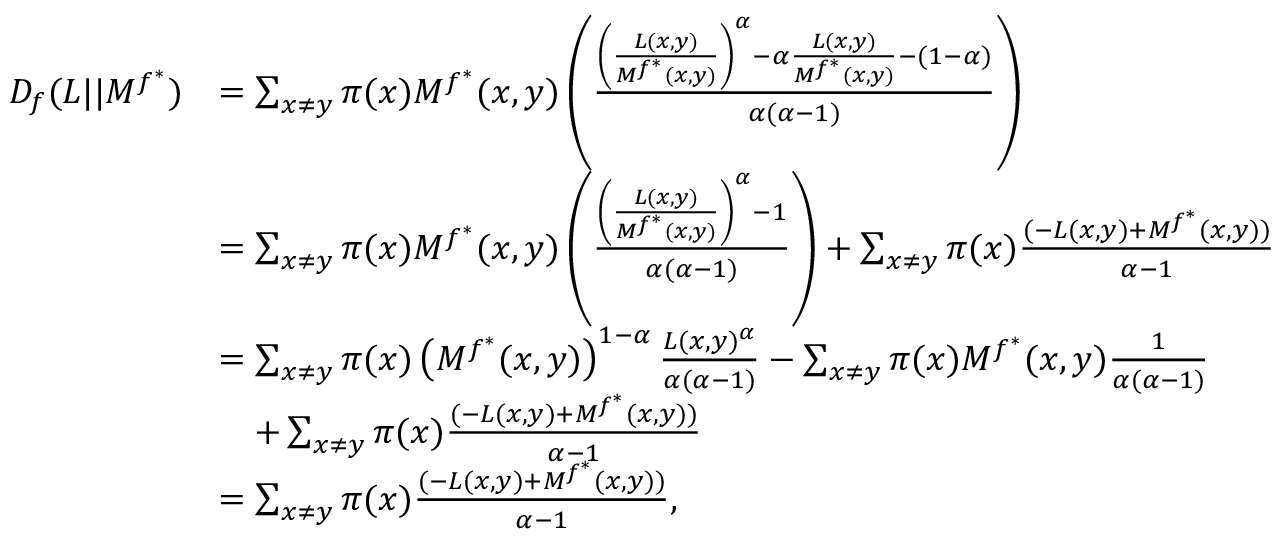
\begin{array} { r l } { D _ { f } ( L | | M ^ { f ^ { * } } ) } & { = \sum _ { x \neq y } \pi ( x ) M ^ { f ^ { * } } ( x , y ) \left( \frac { \left( \frac { L ( x , y ) } { M ^ { f ^ { * } } ( x , y ) } \right) ^ { \alpha } - \alpha \frac { L ( x , y ) } { M ^ { f ^ { * } } ( x , y ) } - ( 1 - \alpha ) } { \alpha ( \alpha - 1 ) } \right) } \\ & { = \sum _ { x \neq y } \pi ( x ) M ^ { f ^ { * } } ( x , y ) \left( \frac { \left( \frac { L ( x , y ) } { M ^ { f ^ { * } } ( x , y ) } \right) ^ { \alpha } - 1 } { \alpha ( \alpha - 1 ) } \right) + \sum _ { x \neq y } \pi ( x ) \frac { ( - L ( x , y ) + M ^ { f ^ { * } } ( x , y ) ) } { \alpha - 1 } } \\ & { = \sum _ { x \neq y } \pi ( x ) \left( M ^ { f ^ { * } } ( x , y ) \right) ^ { 1 - \alpha } \frac { L ( x , y ) ^ { \alpha } } { \alpha ( \alpha - 1 ) } - \sum _ { x \neq y } \pi ( x ) M ^ { f ^ { * } } ( x , y ) \frac { 1 } { \alpha ( \alpha - 1 ) } } \\ & { \quad + \sum _ { x \neq y } \pi ( x ) \frac { ( - L ( x , y ) + M ^ { f ^ { * } } ( x , y ) ) } { \alpha - 1 } } \\ & { = \sum _ { x \neq y } \pi ( x ) \frac { ( - L ( x , y ) + M ^ { f ^ { * } } ( x , y ) ) } { \alpha - 1 } , } \end{array}